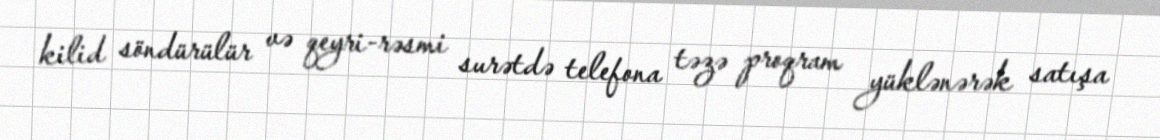
kilid söndürülür və qeyri-rəsmi surətdə telefona təzə proqram yüklənərək satışa